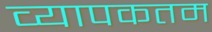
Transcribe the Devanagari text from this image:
व्यापकतम